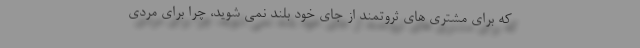
که برای مشتری های ثروتمند از جای خود بلند نمی شوید، چرا برای مردی